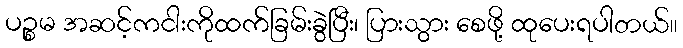
ပဉ္စမ အဆင့်ကငါးကိုထက်ခြမ်းခွဲပြီး၊ ပြားသွား စေဖို့ ထုပေးရပါတယ်။